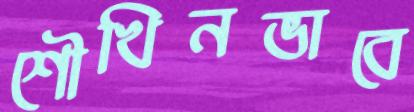
শৌখিনভাবে